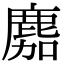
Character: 䴥